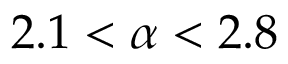
2 . 1 < \alpha < 2 . 8